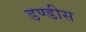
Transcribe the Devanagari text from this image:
डण्डीस